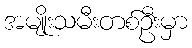
အမျိုးသမီးတစ်ဦးမှာ